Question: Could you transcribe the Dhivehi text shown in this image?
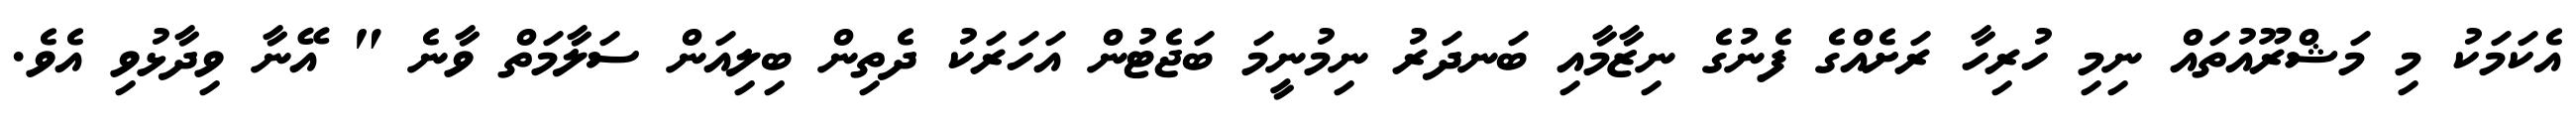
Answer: އެކަމަކު މި މަޝްރޫއުތައް ނިމި ހުރިހާ ރަށެއްގެ ފެނުގެ ނިޒާމާއި ބަނދަރު ނިމުނީމަ ބަޖެޓުން އަހަރަކު ދެތިން ބިލިއަން ސަލާމަތް ވާނެ " އޭނާ ވިދާޅުވި އެވެ.